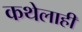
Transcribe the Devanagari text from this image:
कथेलाही